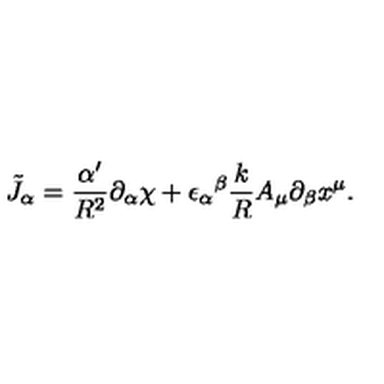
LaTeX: \tilde { J } _ { \alpha } = \frac { \alpha ^ { \prime } } { R ^ { 2 } } \partial _ { \alpha } \chi + { \epsilon _ { \alpha } } ^ { \beta } \frac { k } { R } A _ { \mu } \partial _ { \beta } x ^ { \mu } .